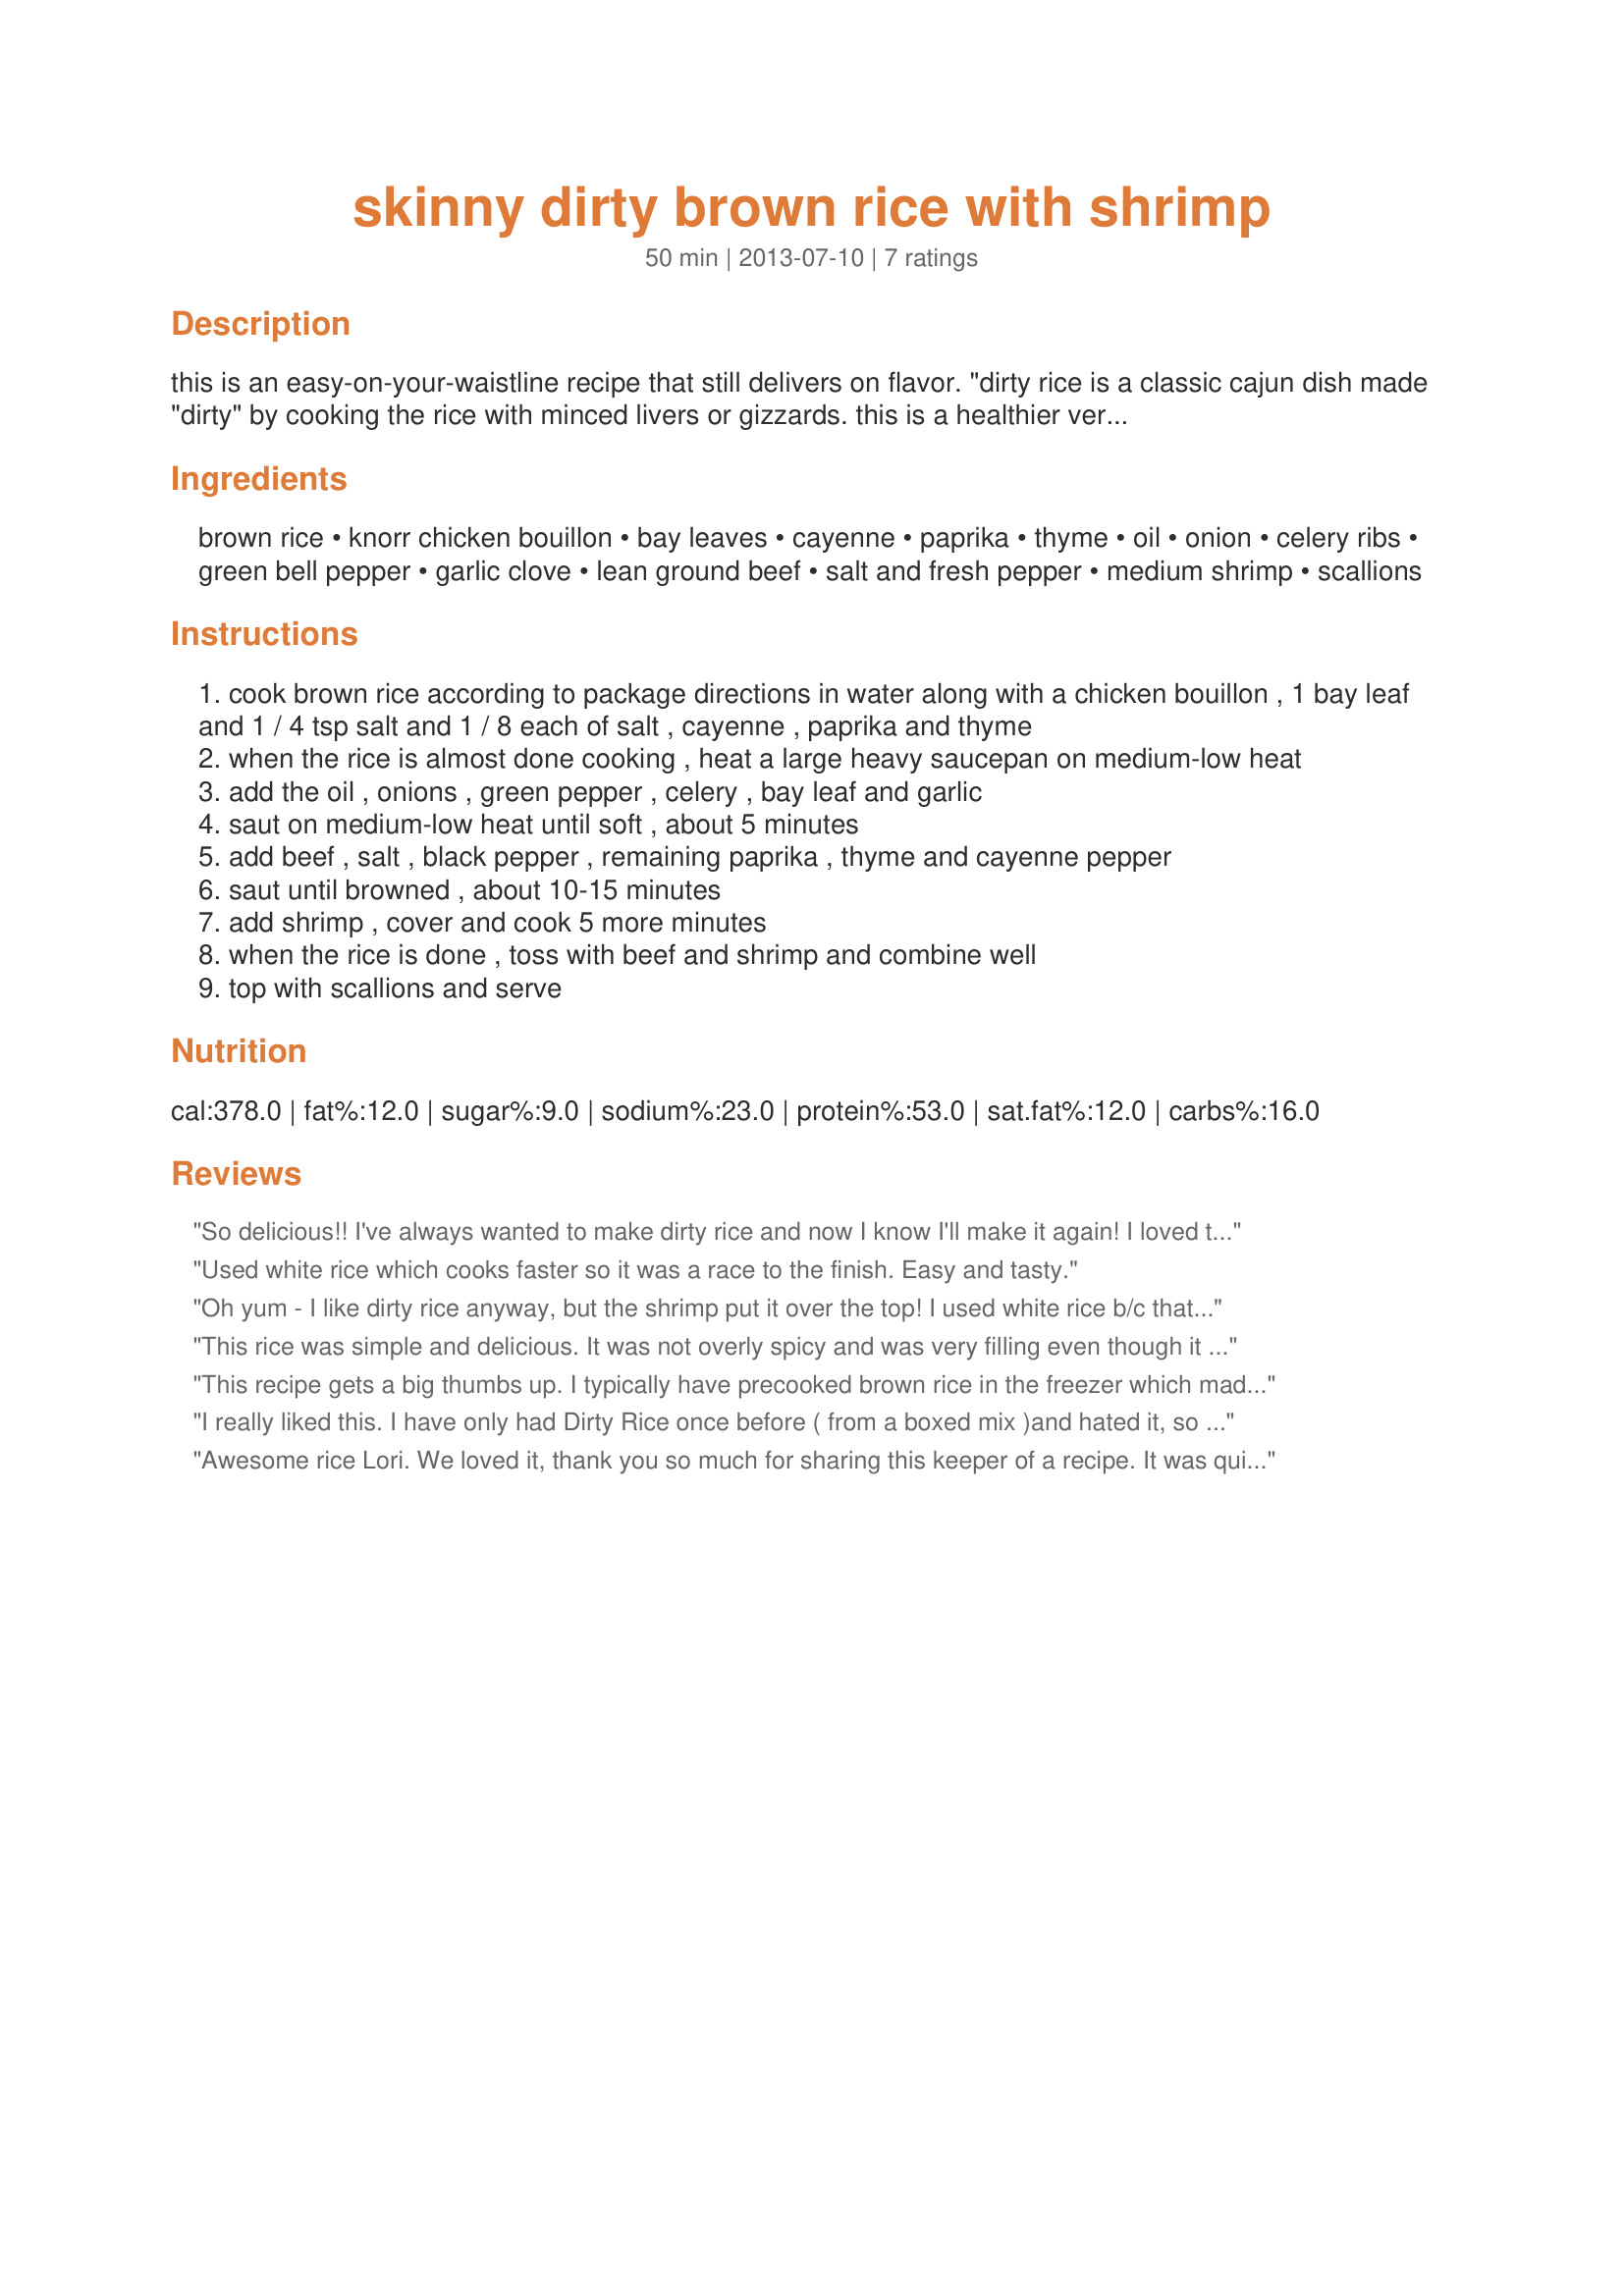
skinny dirty brown rice with shrimp
Preparation time: 50 minutes

this is an easy-on-your-waistline recipe that still delivers on flavor. "dirty rice is a classic cajun dish made "dirty" by cooking the rice with minced livers or gizzards. this is a healthier version using brown rice and lean ground beef", says the author at skinnytaste.com.

Ingredients:
brown rice, knorr chicken bouillon, bay leaves, cayenne, paprika, thyme, oil, onion, celery ribs, green bell pepper, garlic clove, lean ground beef, salt and fresh pepper, medium shrimp, scallions

Steps:
cook brown rice according to package directions in water along with a chicken bouillon , 1 bay leaf and 1 / 4 tsp salt and 1 / 8 each of salt , cayenne , paprika and thyme
when the rice is almost done cooking , heat a large heavy saucepan on medium-low heat
add the oil , onions , green pepper , celery , bay leaf and garlic
saut on medium-low heat until soft , about 5 minutes
add beef , salt , black pepper , remaining paprika , thyme and cayenne pepper
saut until browned , about 10-15 minutes
add shrimp , cover and cook 5 more minutes
when the rice is done , toss with beef and shrimp and combine well
top with scallions and serve

Reviews:
So delicious!! I've always wanted to make dirty rice and now I know I'll make it again! I loved the brown rice and all of the different flavours with the veggies and spices and the shrimp? So good! Thanks Jostlori! :)
Used white rice which cooks faster so it was a race to the finish. Easy and tasty.
Oh yum - I like dirty rice anyway, but the shrimp put it over the top! I used white rice b/c that's what I had! Made for SWT2018
This rice was simple and delicious. It was not overly spicy and was very filling even though it is a lighter version of a classic. I love that this dirty rice used brown rice, as I am always looking for a new way to get healthy grains into our diet. Thanks for such a great recipe Justlori. Made for ZWT9 for Team Tasty Testers.
This recipe gets a big thumbs up. I typically have precooked brown rice in the freezer which made quick work of this recipe. The recipe was reduced to 2 wonderful servings using a country style sausage in place of the ground beef. The recipe was lacking a little with spice but was easily corrected with some Tabasco on the side. Made for ZWT9.
I really liked this. I have only had Dirty Rice once before ( from a boxed mix )and hated it, so this was a nice surprise. Thanks for sharing, made for ZWT9
Awesome rice Lori. We loved it, thank you so much for sharing this keeper of a recipe. It was quick and easy to make with excellent results. I did up the spice a bit, (personal preference only). Kudos on making it into my Best of Cookbook for 2018. Made For Susie's World Tour - Cajun/Creole
